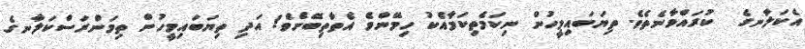
އެކަލާނގެ  ކުރައްވާނެތެވެ. ތިޔަބައިމީހުން ނިކަމެތިކަމާއެކު ހިމޭންވެ އެތާތިބޭށެވެ! އަދި ތިޔަބައިމީހުން ތިމަންރަސްކަލާނގެ